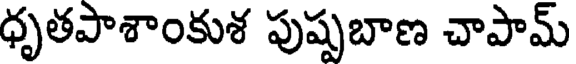
ధృతపాశాంకుశ పుష్పబాణ చాపామ్